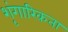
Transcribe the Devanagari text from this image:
शृंगारिकता